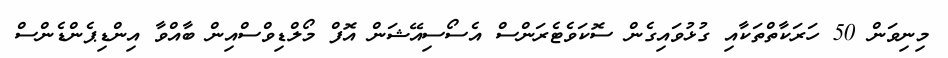
މިނިވަން 50 ހަރަކާތްތަކާއި ގުޅުވައިގެން ސޮކަވެޓެރަންސް އެސޯސިއޭޝަން އޮފް މޯލްޑިވްސްއިން ބާއްވާ އިންޑިޕެންޑެންސް